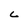
Character: c